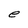
Character: e